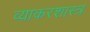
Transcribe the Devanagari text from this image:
व्याकरशास्त्र